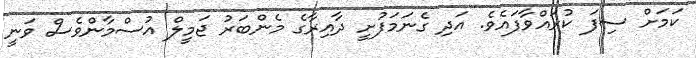
ކަމަށް ސިފަ ކުރައްވާފައެވެ. އަދި ގެނަމަފުށީ ދާއިރާގެ މެންބަރު ޖަމީލް އުސްމާންވެސް ވަނީ